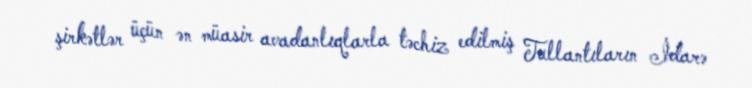
şirkətlər üçün ən müasir avadanlıqlarla təchiz edilmiş Tullantıların İdarə